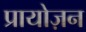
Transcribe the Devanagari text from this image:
प्रायोज़न